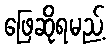
ဖြေဆိုရမည့်